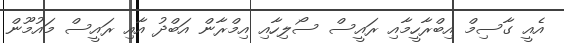
އެއީ ގާސިމް އިބްރާހީމާއި ރައީސް ސޯލިހާއި އިމްރާން އަބްދު އާއި ރައީސް މައުމޫން